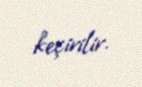
keçirilir.